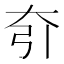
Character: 𡗵